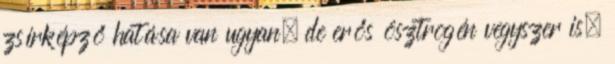
zsírképző hatása van ugyan, de erős ösztrogén vegyszer is,